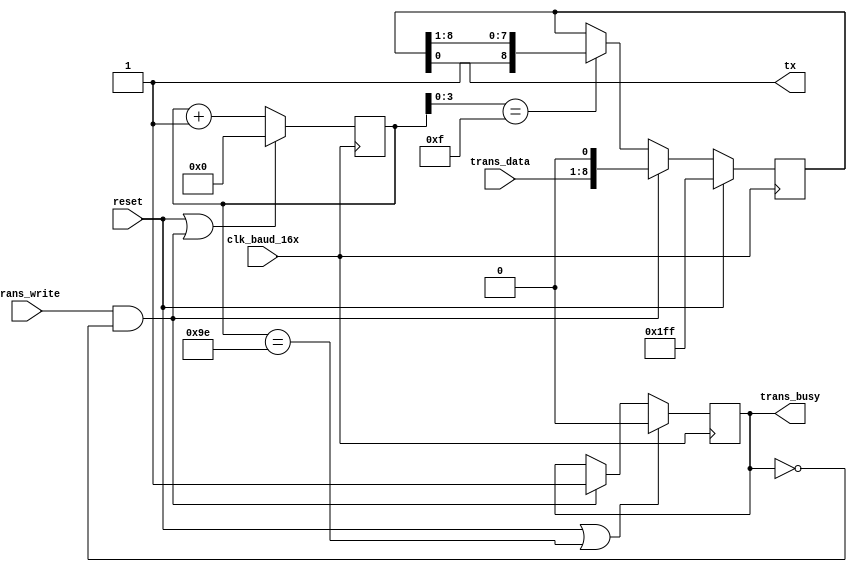

`timescale 1ns / 100ps

//
// Transmits provided data in UART frame format 8N1,
// (8 data bits, no parity, 1 stop bit).
//
module uart_8n1_transmitter (
    // Word to transmit
    input[7:0] trans_data,
    // Should be asserted to initiate send cycle, is ignored
    // if module is in send cycle already
    input trans_write,
    // Is asserted if module is in send cycle
    output reg trans_busy,

    // Outgoing TX line
    output tx,

    // Clock, 16 pulses per 1 baud
    input clk_baud_16x,
    // Should be asserted to reset module on next clock cycle.
    input reset
);
    // Data frame to send
    reg[8:0] frame;
    // State counter, 16 states per each received bit
    reg[7:0] state;

    assign tx = frame[0];

    wire should_start;
    assign should_start = trans_write && !trans_busy;
    wire should_send_next_bit;
    assign should_send_next_bit = state[3:0] == 4'hf;
    wire should_stop;
    assign should_stop = state == 8'h9e;

    always @(posedge clk_baud_16x) begin
        state <= (reset || should_start) ? 8'b0
                : state + 1'b1;
    end

    always @(posedge clk_baud_16x) begin
        frame <= reset ? 9'b111111111
                : should_start ? {trans_data[7:0], 1'b0}
                : should_send_next_bit ? {1'b1, frame[8:1]}
                : frame;
    end

    always @(posedge clk_baud_16x) begin
        trans_busy <= (reset || should_stop) ? 1'b0
                    : should_start ? 1'b1
                    : trans_busy;
    end
endmodule